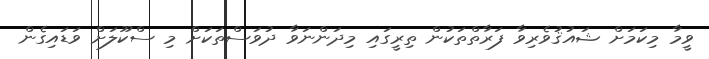
ވީމާ މިކަމަށް ޝައުޤުވެރިވާ ފަރާތްތަކުން ތިރީގައި މިދަންނަވާ ދުވަސްތަކަށް މި ސްކޫލަށް ވަޑައިގެން